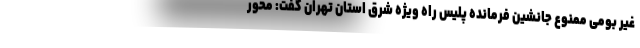
غیر بومی ممنوع جانشین فرمانده پلیس راه ویژه شرق استان تهران گفت: محور